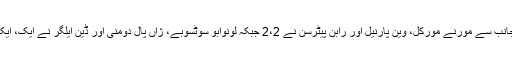
جنوبی افریقہ کی جانب سے مورنے مورکل، وین پارنیل اور رابن پیٹرسن نے 2،2 جبکہ لونوابو سوٹسوبے، ژاں پال دومنی اور ڈین ایلگر نے ایک، ایک وکٹ حاصل کی۔